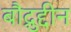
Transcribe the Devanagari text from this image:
बौद्रुद्दीन